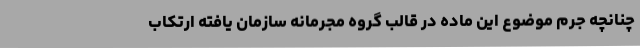
چنانچه جرم موضوع این ماده در قالب گروه مجرمانه سازمان‌ یافته ارتکاب